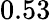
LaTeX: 0.53